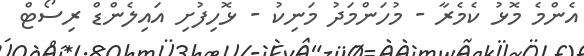
އެންމެ މޮޅު ކެމެރާ - މުހަންމަދު މަނިކު - ޅޮހިފުށި އައިލެންޑް ރިސޯޓް